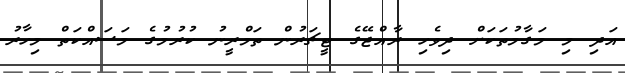
އަދި މި މަގާމުތަަކަށް ދިވެހި ރާއްޖޭގެ ޓީޗަރުން ތަމްރީނު ކުރުމުގެ މަސައްކަތް މިހާރު